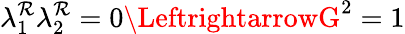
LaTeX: \lambda_{1}^{\mathcal{R}}\lambda_{2}^{\mathcal{R}}=0\LeftrightarrowG^{2}=1